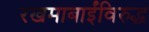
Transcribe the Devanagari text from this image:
रखमाबाईंविरुद्ध